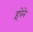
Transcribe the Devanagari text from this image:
इंपेने